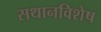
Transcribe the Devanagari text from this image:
सथानविशेष